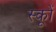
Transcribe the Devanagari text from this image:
स्कूों